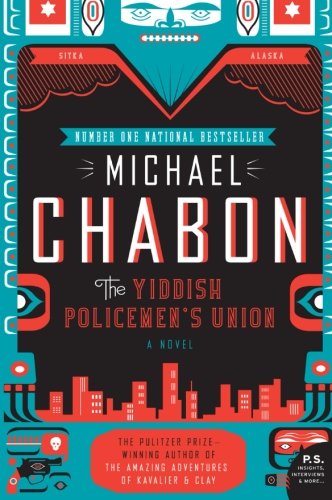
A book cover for The Yiddish Policemen's Union: A Novel (P.S.); Michael Chabon; Mystery, Thriller & Suspense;